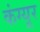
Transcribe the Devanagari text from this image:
कंग्‍यूर